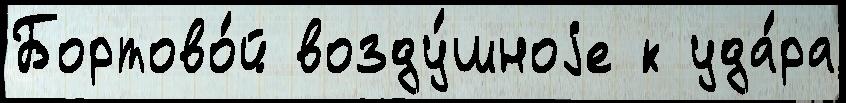
Бортово́й возду́шноjе к уда́ра